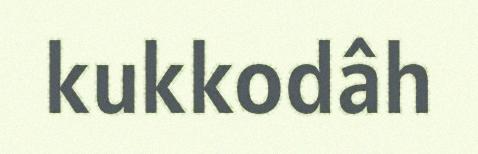
kukkodâh